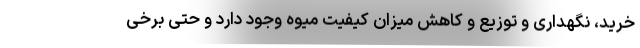
خرید، نگهداری و توزیع و کاهش میزان کیفیت میوه وجود دارد و حتی برخی